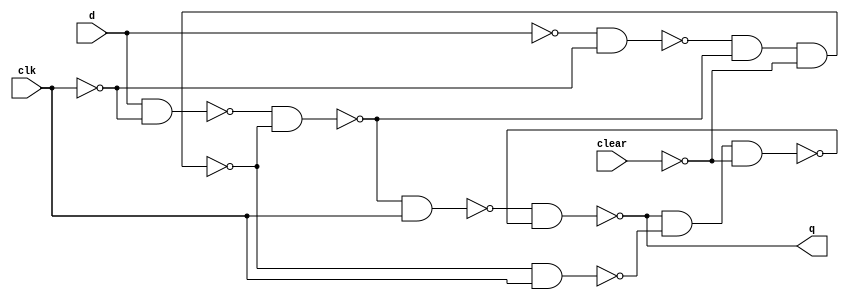
`timescale 1ns / 1ps

module edge_dff(q, d, clk, clear);
output q;
input d, clk, clear;
wire cbar, qbar, nd, nclk;
not n0(cbar, clear);
not n1(nd, d);
not n2(nclk, clk);
// Input latches
wire s, r, s1, r1, s2, r2;
nand na0(s, d, nclk);
nand na1(r, nd, nclk);
nand na2(s1, s, r1);
nand na3(r1, r, s1, cbar);
nand na4(s2, s1, clk);
nand na5(r2, r1, clk);

// Output latch
nand na6(q, s2, qbar);
nand na7(qbar, q, r2, cbar);
endmodule